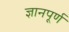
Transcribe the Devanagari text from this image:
ज्ञानपूर्ण